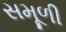
સમૂળી